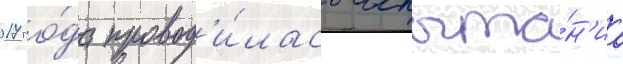
2017 го́да провод'и́лась испыта́н'иа